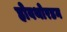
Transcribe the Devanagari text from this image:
होवथोरडन